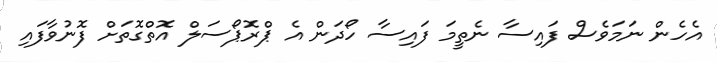
އެހެން ނަމަވެސް ފައިސާ ނެތީމަ ފައިސާ ހޯދަން އެ ޕްރޮޕޯސަލް އޮތްގޮތަށް ފޮނުވާފައި